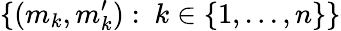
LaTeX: \{ (m_{k},m_{k}^{\prime}):~k\in\{ 1,...,n\} \}